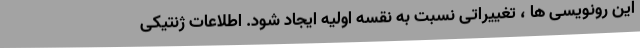
این رونویسی ها ، تغییراتی نسبت به نقسه اولیه ایجاد شود. اطلاعات ژنتیکی